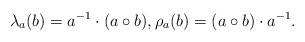
LaTeX: \begin{align*}\lambda_a(b) = a^{-1}\cdot (a\circ b),\rho_a(b) = (a\circ b)\cdot a^{-1}. \end{align*}